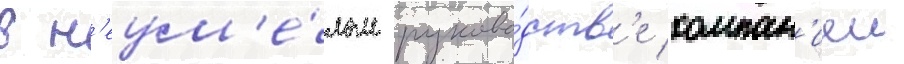
в н'еум'е́лом руково́дств'е компан'иеи